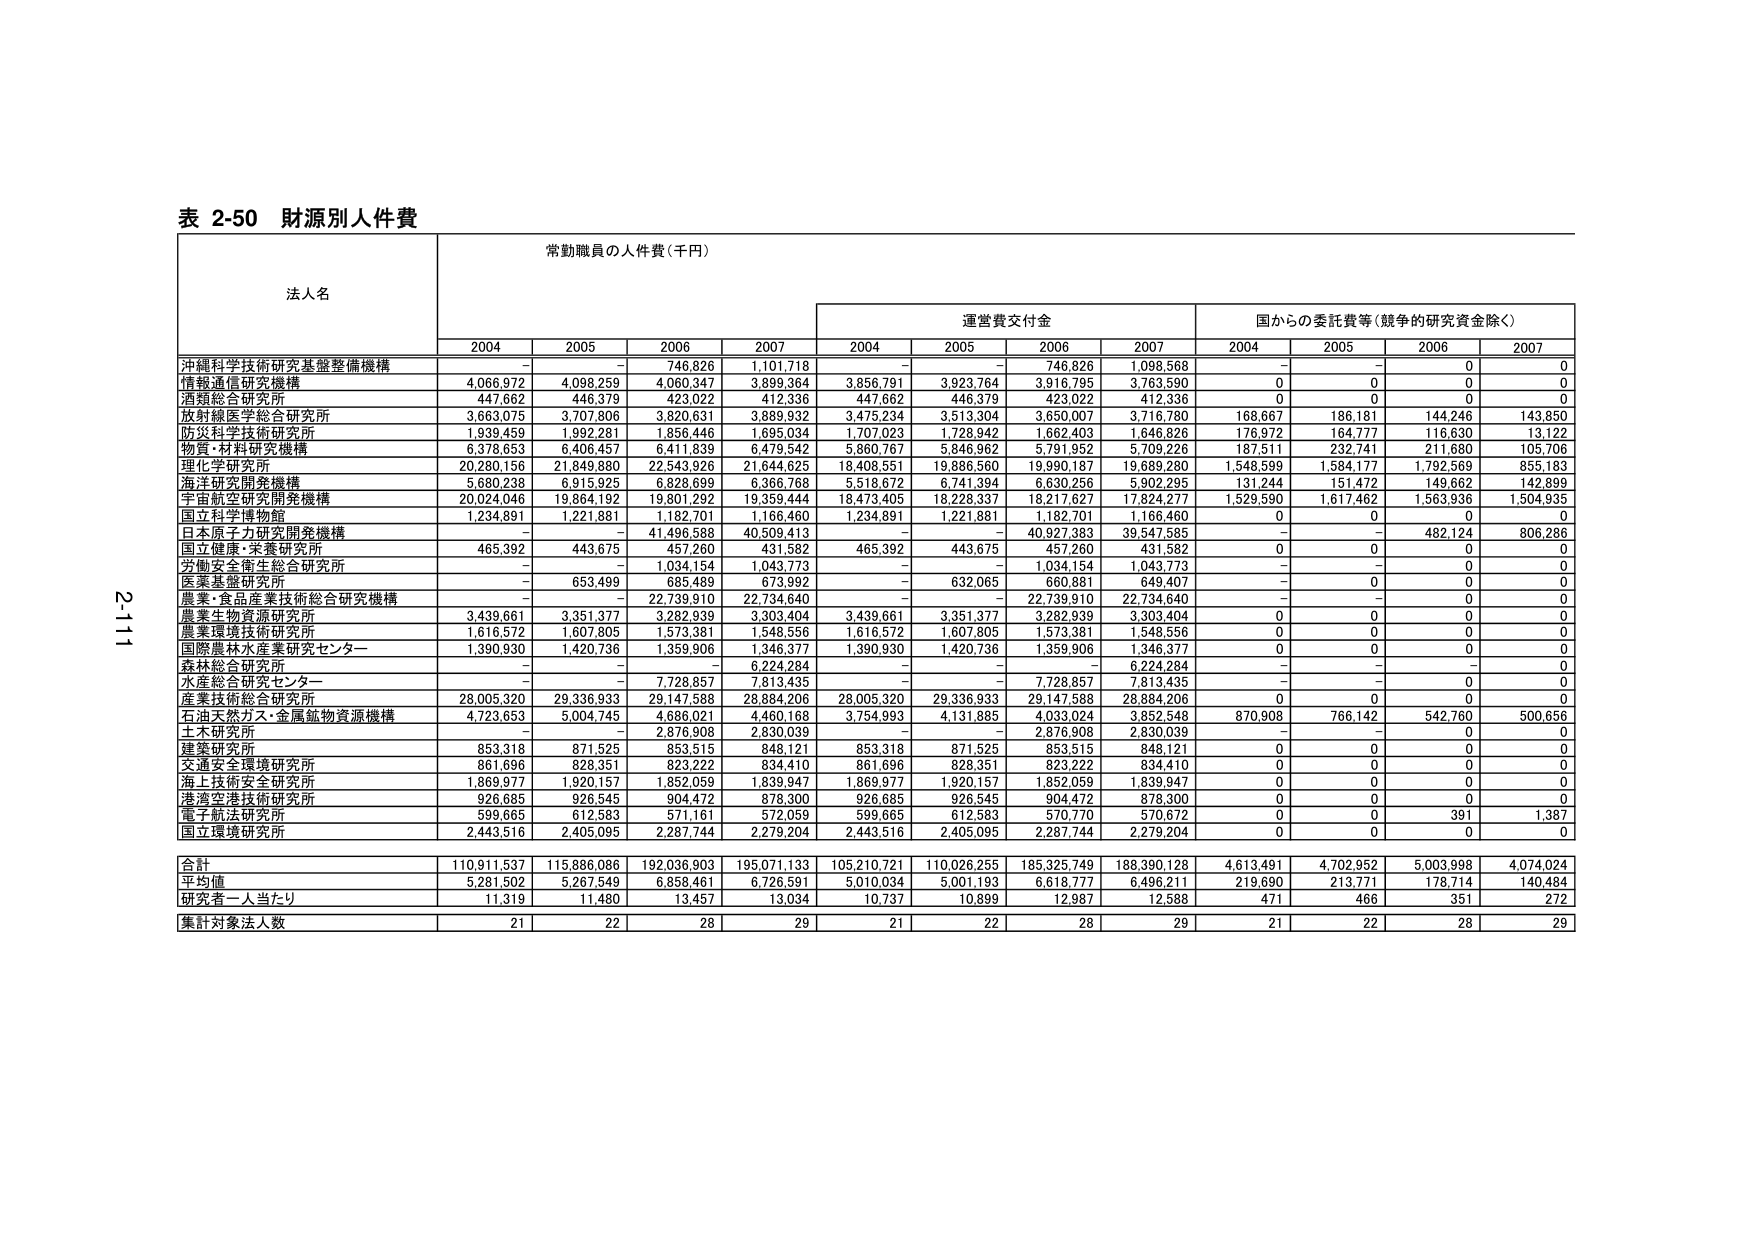
表 2-50 財源別人件費

法人名 常勤職員の人件費（千円）

運営費交付金 国からの委託費等（競争的研究資金除く）

2004 2005 2006 2007 2004 2005 2006 2007 2004 2005 2006 2007

沖縄科学技術研究基盤整備機構 - - 746,826 1,101,718 - - 746,826 1,098,568 - - 0 0

情報通信研究機構 4,066,972 4,098,259 4,060,347 3,899,384 3,856,791 3,923,764 3,916,795 3,763,590 0 0 0 0

酒類総合研究所 447,662 446,379 423,022 412,336 447,662 446,379 423,022 412,336 0 0 0 0

放射線医学総合研究所 3,663,075 3,707,806 3,820,631 3,889,932 3,475,234 3,513,304 3,650,007 3,716,780 168,667 186,181 144,246 143,850

防災科学技術研究所 1,939,459 1,992,281 1,856,446 1,695,034 1,707,023 1,728,942 1,662,403 1,646,826 176,972 164,777 116,630 13,122

物質・材料研究機構 6,378,653 6,406,457 6,411,839 6,479,542 5,860,767 5,846,962 5,791,952 5,709,226 187,511 232,741 211,680 105,706

理化学研究所 20,280,156 21,849,880 22,543,926 21,644,625 18,408,551 19,886,560 19,990,187 19,689,280 1,548,599 1,584,177 1,792,569 855,183

海洋研究開発機構 5,680,238 6,915,925 6,828,699 6,366,768 5,518,672 6,741,394 6,630,256 5,902,295 131,244 151,472 149,662 142,899

宇宙航空研究開発機構 20,024,046 19,864,192 19,801,292 19,359,444 18,473,405 18,228,337 18,217,627 17,824,277 1,529,590 1,617,462 1,563,936 1,504,935

国立科学博物館 1,234,891 1,221,881 1,182,701 1,166,460 1,234,891 1,221,881 1,182,701 1,166,460 0 0 0 0

日本原子力研究開発機構 - - 41,496,588 40,509,413 - - 40,927,383 39,547,585 - - 482,124 806,286

国立健康・栄養研究所 465,392 443,675 457,260 431,582 465,392 443,675 457,260 431,582 0 0 0 0

労働安全衛生総合研究所 - - 1,034,154 1,043,773 - - 1,034,154 1,043,773 - - 0 0

医薬基盤研究所 - 653,499 685,489 673,992 - 632,065 660,881 649,407 - 0 0 0

農業・食品産業技術総合研究機構 - - 22,739,910 22,734,640 - - 22,739,910 22,734,640 - - 0 0

農業生物資源研究所 3,439,661 3,351,377 3,282,939 3,303,404 3,439,661 3,351,377 3,282,939 3,303,404 0 0 0 0

農業環境技術研究所 1,616,572 1,607,805 1,573,381 1,548,556 1,616,572 1,607,805 1,573,381 1,548,556 0 0 0 0

国際農林水産業研究センター 1,390,930 1,420,736 1,359,906 1,346,377 1,390,930 1,420,736 1,359,906 1,346,377 0 0 0 0

森林総合研究所 - - - 6,224,284 - - - 6,224,284 - - 0 0

水産総合研究センター - - 7,728,857 7,813,435 - - 7,728,857 7,813,435 - - 0 0

産業技術総合研究所 28,005,320 29,336,933 29,147,588 28,884,206 28,005,320 29,336,933 29,147,588 28,884,206 0 0 0 0

石油天然ガス・金属鉱物資源機構 4,723,653 5,004,745 4,686,021 4,460,168 3,754,993 4,131,885 4,033,024 3,852,548 870,908 766,142 542,760 500,656

土木研究所 - - 2,876,908 2,830,039 - - 2,876,908 2,830,039 0 0 0 0

建築研究所 853,318 871,525 853,515 848,121 853,318 871,525 853,515 848,121 0 0 0 0

交通安全環境研究所 861,696 828,351 823,222 834,410 861,696 828,351 823,222 834,410 0 0 0 0

海上技術安全研究所 1,869,977 1,920,157 1,852,059 1,839,947 1,869,977 1,920,157 1,852,059 1,839,947 0 0 0 0

港湾空港技術研究所 926,685 926,545 904,472 878,300 926,685 926,545 904,472 878,300 0 0 0 0

電子航法研究所 599,665 612,583 571,161 572,059 599,665 612,583 570,770 570,672 0 0 391 1,387

国立環境研究所 2,443,516 2,405,095 2,287,744 2,279,204 2,443,516 2,405,095 2,287,744 2,279,204 0 0 0 0

合計 110,911,537 115,886,086 192,036,903 195,071,133 105,210,721 110,026,255 185,325,749 188,390,128 4,613,491 4,702,952 5,003,998 4,074,024

平均値 5,281,502 5,267,549 6,858,461 6,726,591 5,010,034 5,001,193 6,618,777 6,496,211 219,690 213,771 178,714 140,484

研究者一人当たり 11,319 11,480 13,457 13,034 10,737 10,899 12,987 12,588 471 466 351 272

集計対象法人数 21 22 28 29 21 22 28 29 21 22 28 29

211